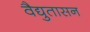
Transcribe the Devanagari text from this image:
वैद्युतासन